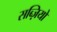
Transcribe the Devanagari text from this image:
सब्ज़ियो